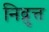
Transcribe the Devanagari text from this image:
निव्रुत्त